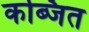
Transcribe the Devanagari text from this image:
कब्जित